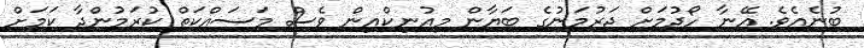
ބުނެއެވެ. އޭނާ ހޯދުމަށް ޖަރުމަނުގެ ބަޔާން މިއުނިކްއިން ވެސް މަސައްކަތް ކުރަމުންދާ ކަމަށް